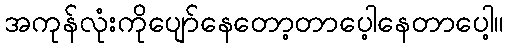
အကုန်လုံးကိုပျော်နေတော့တာပေ့ါနေတာပေါ့။